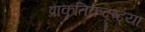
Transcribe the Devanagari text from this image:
प्राकृतिकदृष्ट्या